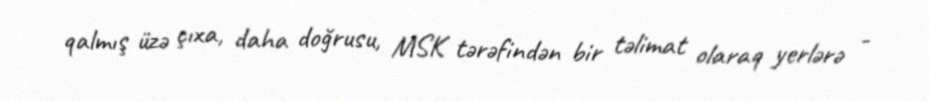
qalmış üzə çıxa, daha doğrusu, MSK tərəfindən bir təlimat olaraq yerlərə -